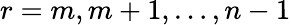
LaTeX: r=m,m+1,\ldots,n-1